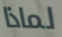
لماذا